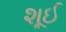
શૂઈ